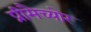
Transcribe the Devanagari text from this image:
प्रीमैच्योर